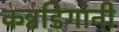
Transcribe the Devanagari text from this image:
कन्नडिगांनी